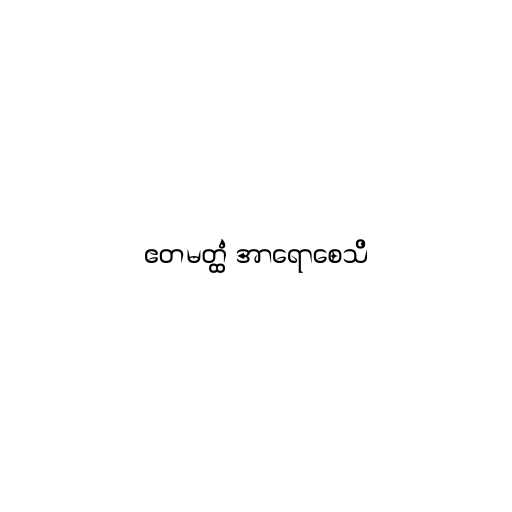
ဧတမတ္ထံ အာရောစေသိ